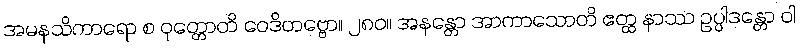
အမနသိကာရော စ ဝုတ္တောတိ ဝေဒိတဗ္ဗော။ ၂၈၀။ အနန္တော အာကာသောတိ ဧတ္ထ နာဿ ဥပ္ပါဒန္တော ဝါ